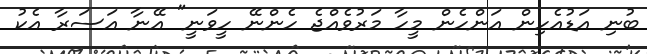
ބުނި އަޑުއެހިން އަންހެން މީހާ މަރުވެއްޖެ ހެންނޭ ހީވަނީ" އޭނާ އަސަރާ އެކު